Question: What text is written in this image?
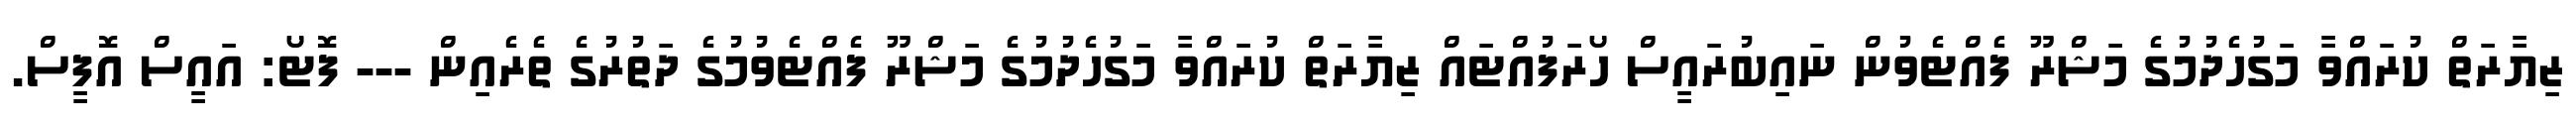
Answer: ޒިޔާރަތް ކުރައްވާ މަގުހެދުމުގެ މަޝްރޫ ފެއްޓެވުން ނައިބުރައީސް ހޯރަފުއްޓައް ޒިޔާރަތް ކުރައްވާ މަގުހެދުމުގެ މަޝްރޫ ފެއްޓެވުމުގެ ދަތުރުގެ ތެރެއިން --- ފޮޓޯ: އައީސް އޮފީސް.